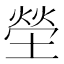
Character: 塋